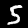
Label: 5